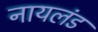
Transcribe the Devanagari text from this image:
नायलंड